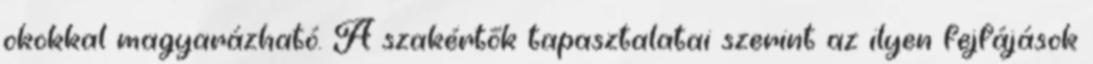
okokkal magyarázható. A szakértők tapasztalatai szerint az ilyen fejfájások